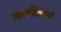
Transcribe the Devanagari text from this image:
त्वचाविशेषज्ञों